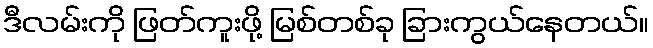
ဒီလမ်းကို ဖြတ်ကူးဖို့ မြစ်တစ်ခု ခြားကွယ်နေတယ်။